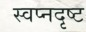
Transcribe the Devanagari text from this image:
स्वप्नदृष्ट